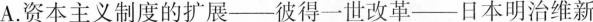
A.资本主义制度的扩展——彼得一世改革——日本明治维新